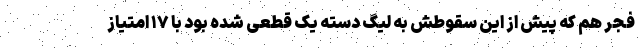
فجر هم که پیش از این سقوطش به لیگ دسته یک قطعی شده بود با ۱۷ امتیاز